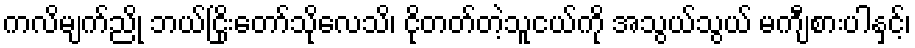
ကလိမျက်ညို ဘယ်ငြိုးတော်သိုလေသိ၊ ငိုတတ်တဲ့သူငယ်ကို အသွယ်သွယ် မကျီစားပါနှင့်၊